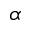
\alpha